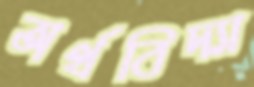
অর্থবিদ্যা